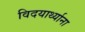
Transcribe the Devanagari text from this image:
विदयार्थ्याना